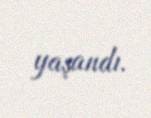
yaşandı.